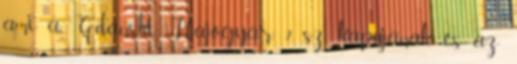
ami a Gdański Hajógyár 2. sz. kapujának és az